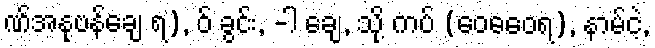
ဏ်အနုဗန်ချေ ရ), ဝ် ခွင်း, -ါ ချေ, သို့ ကပ် (ဝေဓဝေရ), နာမ်ငဲ့,